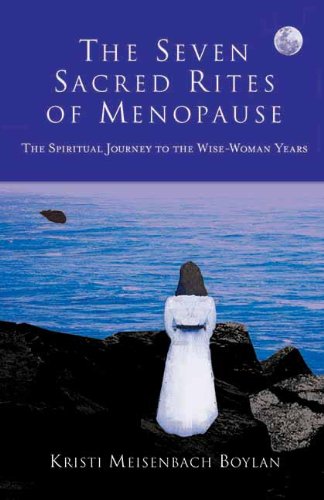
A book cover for The Seven Sacred Rites of Menopause: The Spiritual Journey to the Wise-Woman Years; Kristi Meisenbach Boylan; Health, Fitness & Dieting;